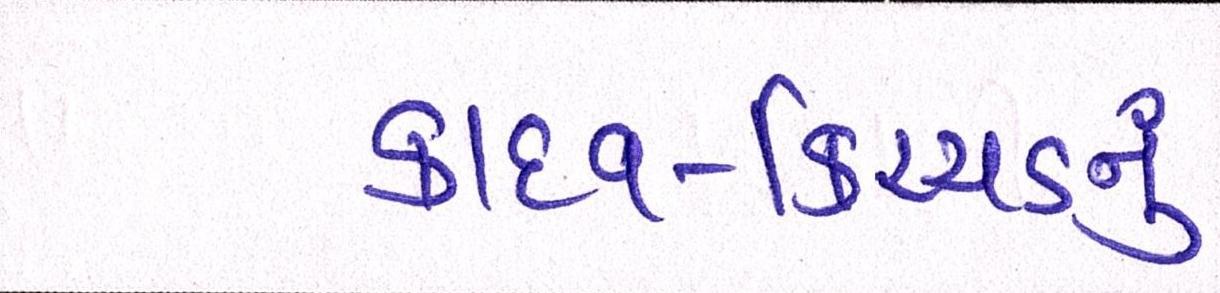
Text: કાદવ-કિચ્ચડનું